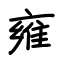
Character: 雍